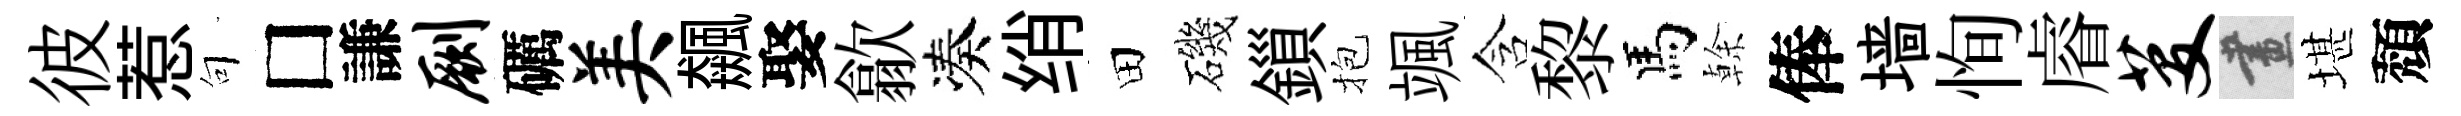
彼惹句□謙劂礪美飆娶歙凑绡田磯鎻抱颯含黎馬𠏉俸墙恂𥈠芟畫堪頽